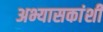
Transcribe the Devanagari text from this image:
अभ्यासकांशी